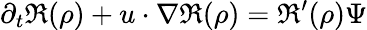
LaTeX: \partial_{t}\mathfrak{R}(\rho)+u\cdot\nabla\mathfrak{R}(\rho)=\mathfrak{R}^{\prime}(\rho)\Psi